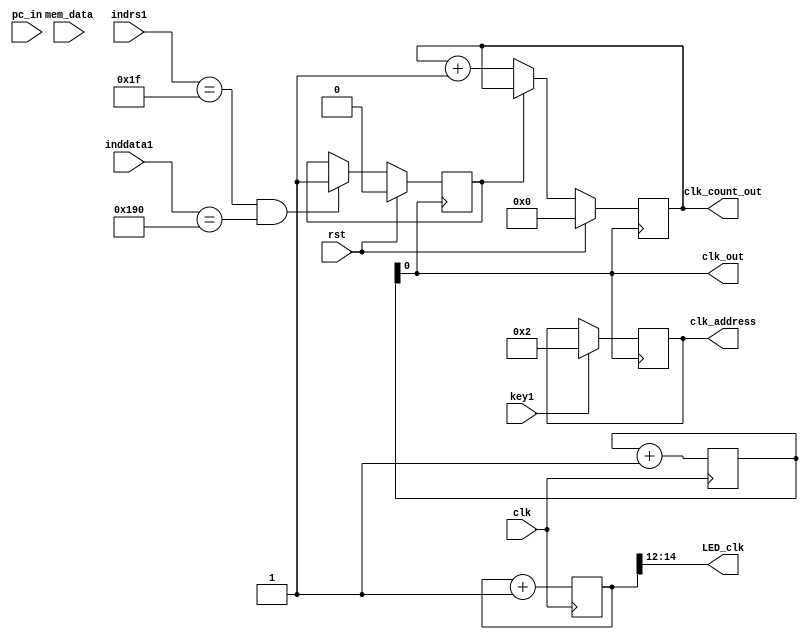
`timescale 1ns / 1ps
//////////////////////////////////////////////////////////////////////////////////
// Company: 
// Engineer: 
// 
// Design Name: 
// Module Name: counter
// Project Name: 
// Target Devices: 
// Tool Versions: 
// Description: 
// 
// Dependencies: 
// 
// Revision:
// Revision 0.01 - File Created
// Additional Comments:
// 
//////////////////////////////////////////////////////////////////////////////////


module counter(
	input 			 clk, rst,
	input 	[31:0] pc_in, 
	input					 key1,
	input	[31:0] mem_data,
    input  [4:0]  indrs1,
	input  [31:0] inddata1,
	output	reg [31:0] clk_address,
	output 	[ 2:0] LED_clk,
	output 			 clk_out,
	output	reg [31:0] clk_count_out // sorting ?????????? ??? cycle
    );
	reg [31:0]count = 0;
	reg [31:0]led_count = 0;
	reg count_flag;
//[27:0]??? 2^28(?? 268,000,000)?? ?? FPGA ????? 100MHz = 10ns => 2.68??
	assign clk_out = count[0]; //count[24];
	assign clk_check = count[0];

    assign LED_clk = led_count[14:12];
   
    
	always @(posedge clk) begin
		led_count <= led_count + 32'b1;
		count <= count + 32'b1;
	end
	
	always @(posedge clk_out) begin
		if(rst) begin
			clk_count_out <=  32'b0;
			count_flag <= 1'b0;
		end
		else begin
		    if((indrs1 == 5'd31)&&(inddata1 == 32'd400))
                count_flag <= 1'b1;
            if(!count_flag)
                clk_count_out <= clk_count_out + 32'b1;
		end
			
	end
	
	always@(posedge clk_check) begin
		if(key1)
		  clk_address <= 32'd2;
	end
endmodule